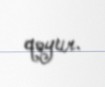
qoyur.